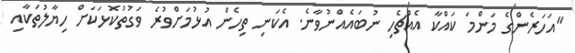
"އަހަރެންގެ މަންމަ ކައްކާ އެއްޗެހި ނުބައެއްނުވާނެ. އެކަނި ތިހެން އުޅުމަށްވުރެ ވަގުތުކޮޅަކަށް ހިޔާލުތަކާއި